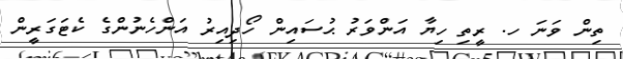
ތިން ވަނަ ހ. ރީތި ހިޔާ އަންވަރު ޙުސައިން ހޯދިއިރު އަންހެނުންގެ ކެޓަގަރީން